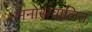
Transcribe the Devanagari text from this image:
मनोसंचालित